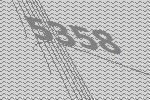
5358